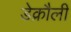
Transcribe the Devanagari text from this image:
डेक्रौली